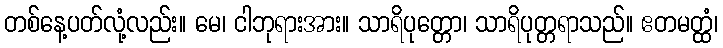
တစ်နေ့ပတ်လုံ့လည်း။ မေ၊ ငါဘုရားအား။ သာရိပုတ္တော၊ သာရိပုတ္တရာသည်။ ဧတမတ္ထံ၊